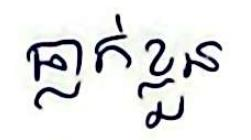
ធ្លាក់ខ្លួន